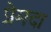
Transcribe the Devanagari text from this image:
प्रेमदा